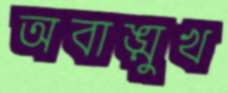
অবাঙ্মুখ